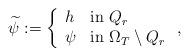
LaTeX: \begin{align*} \widetilde\psi := \left\{ \begin{array}{lll}h & \textrm{in}\,\,Q_r\\\psi & \textrm{in}\,\,\Omega_T\setminus Q_r\end{array}\right.,\end{align*}